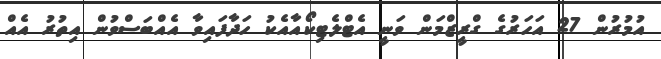
އުމުރުން 27 އަހަރުގެ ގްރީޒްމަން ވަނީ އެޓްލެޓިކޯއާއެކު ހަދާފައިވާ އެއްބަސްވުން އިތުރު އެއް